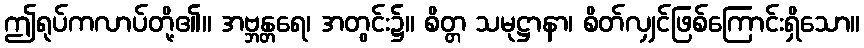
ဤရုပ်ကလာပ်တို့၏။ အဗ္ဘန္တရေ၊ အတွင်း၌။ စိတ္တ သမုဋ္ဌာနာ၊ စိတ်လျှင်ဖြစ်ကြောင်းရှိသော။